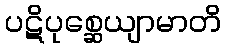
ပဋိပုစ္ဆေယျာမာတိ